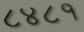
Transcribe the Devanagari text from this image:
८४८१